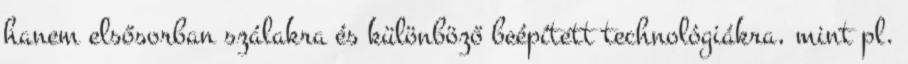
hanem elsősorban szálakra és különböző beépített technológiákra, mint pl.